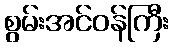
စွမ်းအင်ဝန်ကြီး